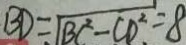
B D = \sqrt { B C ^ { 2 } - C D ^ { 2 } } = 8